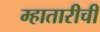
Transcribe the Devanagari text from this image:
म्हातारीची